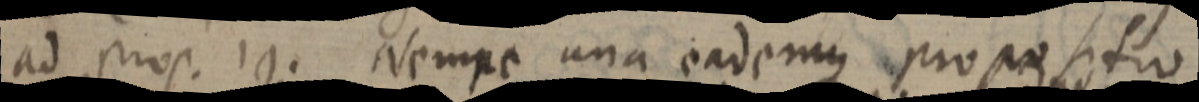
ad prop. 19. Nempe una eademus propositio